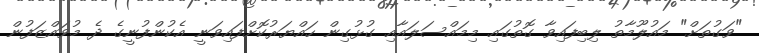
"ވަގުތަށް" މައުލޫމާތު ލިބިފައިވާ ގޮތުގައި މިމައްސަލައާއި ގުޅުގިން ހައްޔަރުކޮށްފައިވަނީ އެކުންފުނީގެ ދެ މުވައްޒަފުން